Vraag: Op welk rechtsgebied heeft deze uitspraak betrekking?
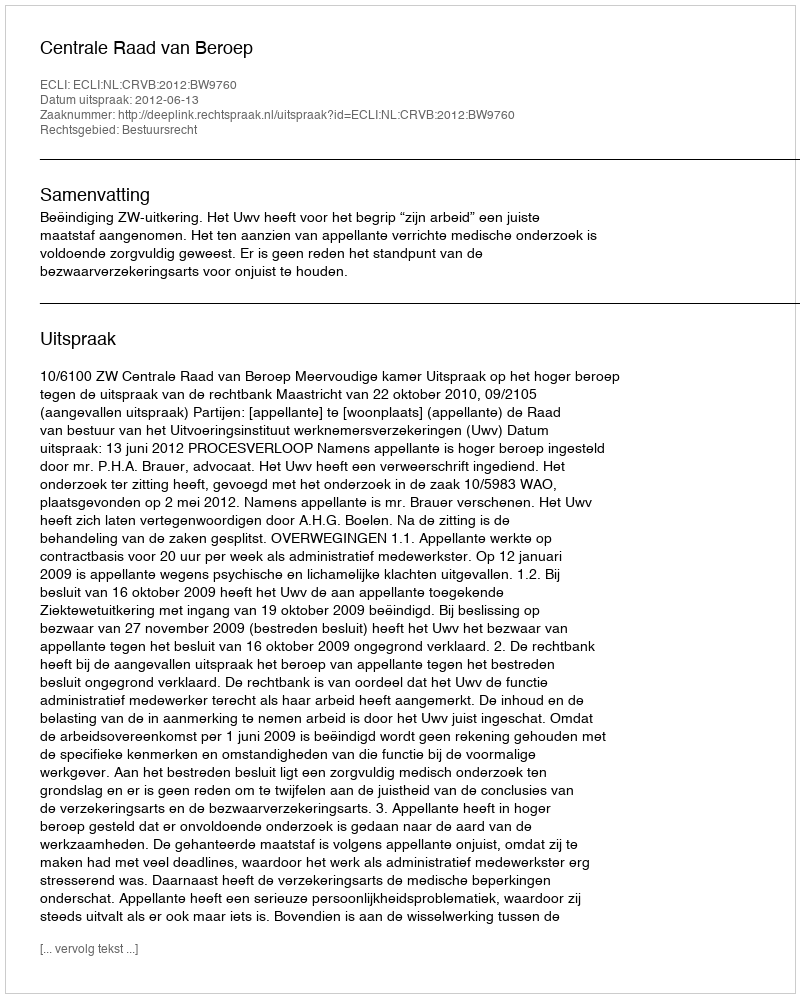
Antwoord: Bestuursrecht